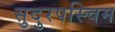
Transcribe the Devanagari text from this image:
सुदुरपस्चिम